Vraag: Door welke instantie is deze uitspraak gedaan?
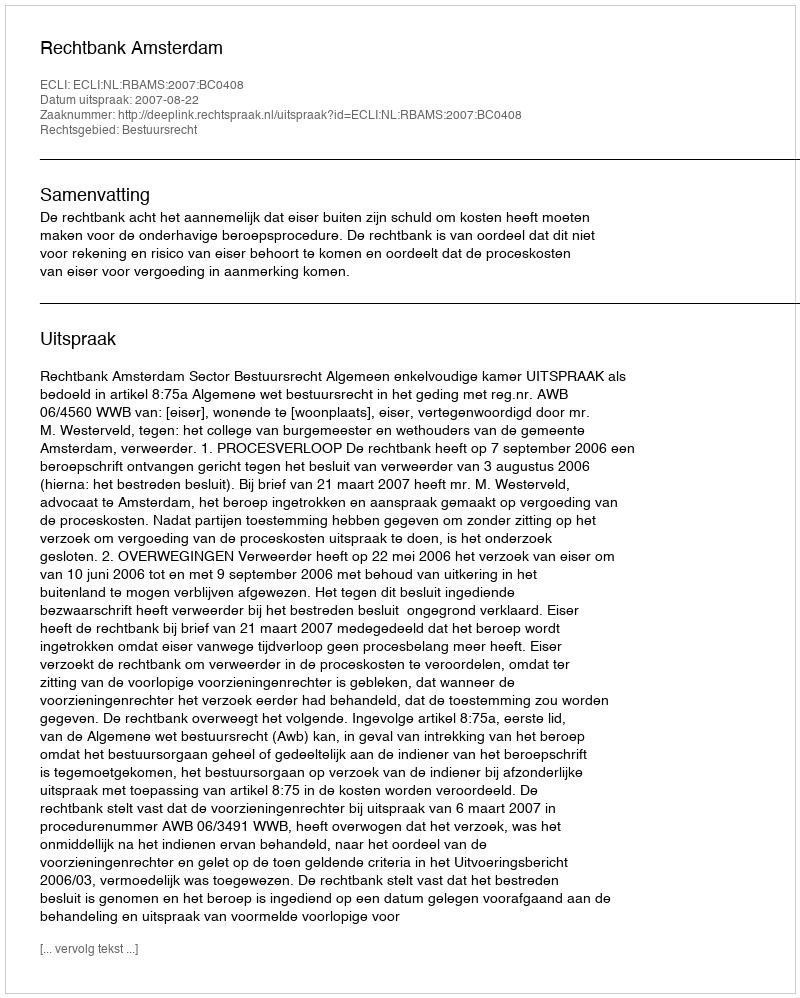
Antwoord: Rechtbank Amsterdam